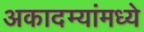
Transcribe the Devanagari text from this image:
अकादम्यांमध्ये